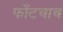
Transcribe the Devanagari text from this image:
फाँटचाच